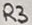
Text: R3